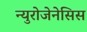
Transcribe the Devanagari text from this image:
न्युरोजेनेसिस